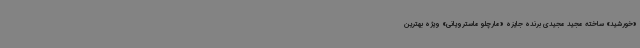
«خورشید» ساخته مجید مجیدی برنده جایزه «مارچلو ماسترویانی» ویژه بهترین